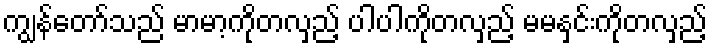
ကျွန်တော်သည် မာမာ့ကိုတလှည့် ပါပါကိုတလှည့် မမနှင်းကိုတလှည့်